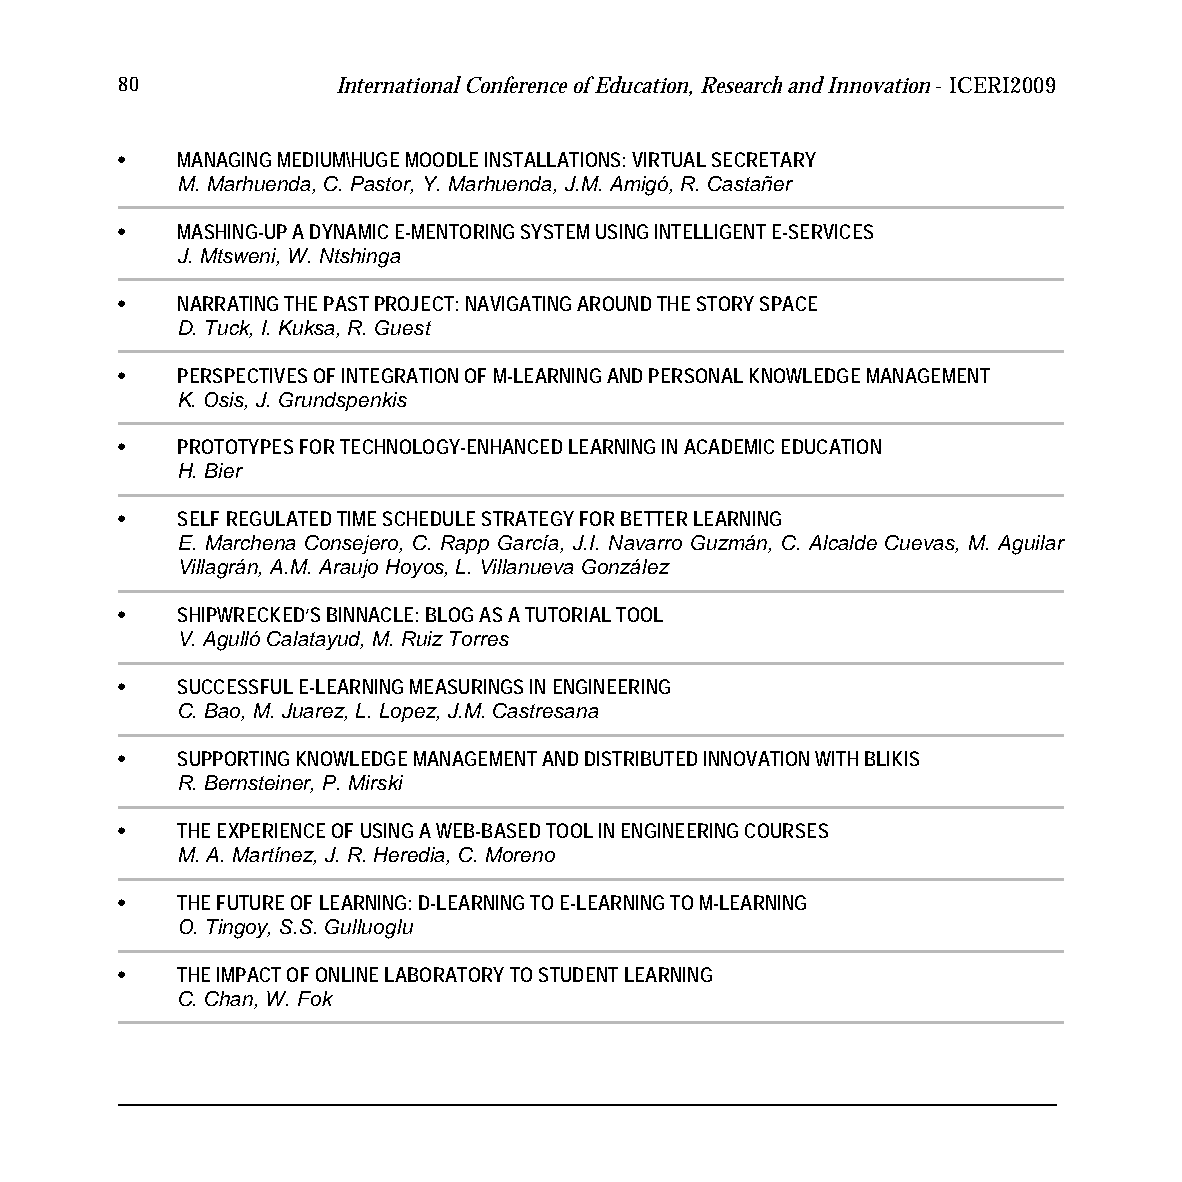
80            International Conference of Education, Research and Innovation - ICERI2009
 •   MANAGING MEDIUM\HUGE MOODLE INSTALLATIONS: VIRTUAL SECRETARY
 M. Marhuenda, C. Pastor, Y. Marhuenda, J.M. Amigó, R. Castañer
 •   MASHING-UP A DYNAMIC E-MENTORING SYSTEM USING INTELLIGENT E-SERVICES
 J. Mtsweni, W. Ntshinga
 •   NARRATING THE PAST PROJECT: NAVIGATING AROUND THE STORY SPACE
 D. Tuck, I. Kuksa, R. Guest
 •   PERSPECTIVES OF INTEGRATION OF M-LEARNING AND PERSONAL KNOWLEDGE MANAGEMENT
 K. Osis, J. Grundspenkis
 •   PROTOTYPES FOR TECHNOLOGY-ENHANCED LEARNING IN ACADEMIC EDUCATION
 H. Bier
 •   SELF REGULATED TIME SCHEDULE STRATEGY FOR BETTER LEARNING
 E. Marchena Consejero, C. Rapp García, J.I. Navarro Guzmán, C. Alcalde Cuevas, M. Aguilar
 Villagrán, A.M. Araujo Hoyos, L. Villanueva González
 •   SHIPWRECKED’S BINNACLE: BLOG AS A TUTORIAL TOOL
 V. Agulló Calatayud, M. Ruiz Torres
 •   SUCCESSFUL E-LEARNING MEASURINGS IN ENGINEERING
 C. Bao, M. Juarez, L. Lopez, J.M. Castresana
 •   SUPPORTING KNOWLEDGE MANAGEMENT AND DISTRIBUTED INNOVATION WITH BLIKIS
 R. Bernsteiner, P. Mirski
 •   THE EXPERIENCE OF USING A WEB-BASED TOOL IN ENGINEERING COURSES
 M. A. Martínez, J. R. Heredia, C. Moreno
 •   THE FUTURE OF LEARNING: D-LEARNING TO E-LEARNING TO M-LEARNING
 O. Tingoy, S.S. Gulluoglu
 •   THE IMPACT OF ONLINE LABORATORY TO STUDENT LEARNING
 C. Chan, W. Fok